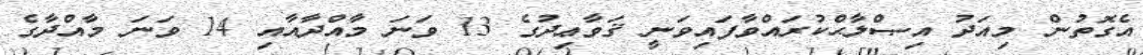
އެގޮތުން މިއަދު އިޞްލާޙްކުރައްވާފައިވަނީ ޤަވާޢިދުގެ 13 ވަނަ މާއްދާއާއި 14 ވަނަ މާއްދާގެ